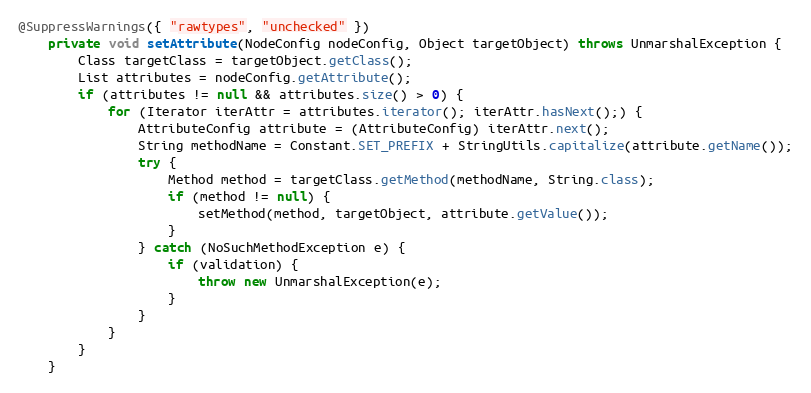
Language: Java
@SuppressWarnings({ "rawtypes", "unchecked" })
	private void setAttribute(NodeConfig nodeConfig, Object targetObject) throws UnmarshalException {
		Class targetClass = targetObject.getClass();
		List attributes = nodeConfig.getAttribute();
		if (attributes != null && attributes.size() > 0) {
			for (Iterator iterAttr = attributes.iterator(); iterAttr.hasNext();) {
				AttributeConfig attribute = (AttributeConfig) iterAttr.next();
				String methodName = Constant.SET_PREFIX + StringUtils.capitalize(attribute.getName());
				try {
					Method method = targetClass.getMethod(methodName, String.class);
					if (method != null) {
						setMethod(method, targetObject, attribute.getValue());
					}
				} catch (NoSuchMethodException e) {
					if (validation) {
						throw new UnmarshalException(e);
					}
				}
			}
		}
	}